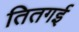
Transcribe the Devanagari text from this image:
तितगई